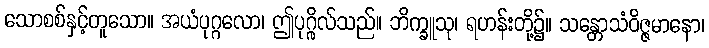
သောစစ်နှင့်တူသော။ အယံပုဂ္ဂလော၊ ဤပုဂ္ဂိုလ်သည်။ ဘိက္ခူသု၊ ရဟန်းတို့၌။ သန္တောသံဝိဇ္ဇမာနော၊